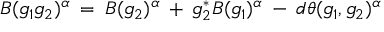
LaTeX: { \cal B } ( g _ { 1 } g _ { 2 } ) ^ { \alpha } \: = \: { \cal B } ( g _ { 2 } ) ^ { \alpha } \: + \: g _ { 2 } ^ { * } { \cal B } ( g _ { 1 } ) ^ { \alpha } \: - \: d \theta ( g _ { 1 } , g _ { 2 } ) ^ { \alpha }